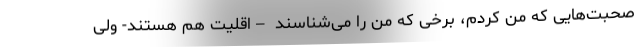
صحبت‌هایی که من کردم، برخی که من را می‌شناسند –اقلیت هم هستند- ولی